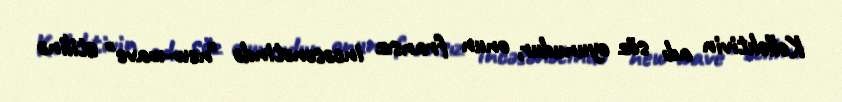
Kollektivin adı söz oyunudur, onun fransız incəsənətində "new-wave" stilinə